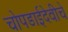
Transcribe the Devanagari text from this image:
चोपडाईदेवीचे